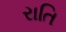
રાતિ